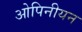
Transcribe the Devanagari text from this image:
ओपिनीयन